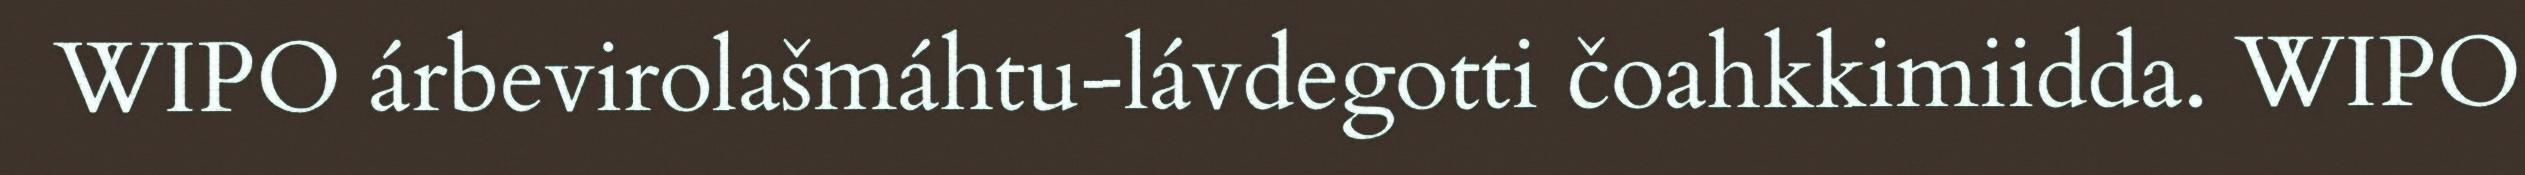
WIPO árbevirolašmáhtu-lávdegotti čoahkkimiidda. WIPO